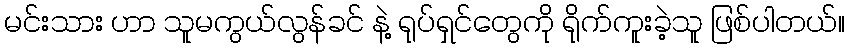
မင်းသား ဟာ သူမကွယ်လွန်ခင် နဲ့ ရုပ်ရှင်တွေကို ရိုက်ကူးခဲ့သူ ဖြစ်ပါတယ်။